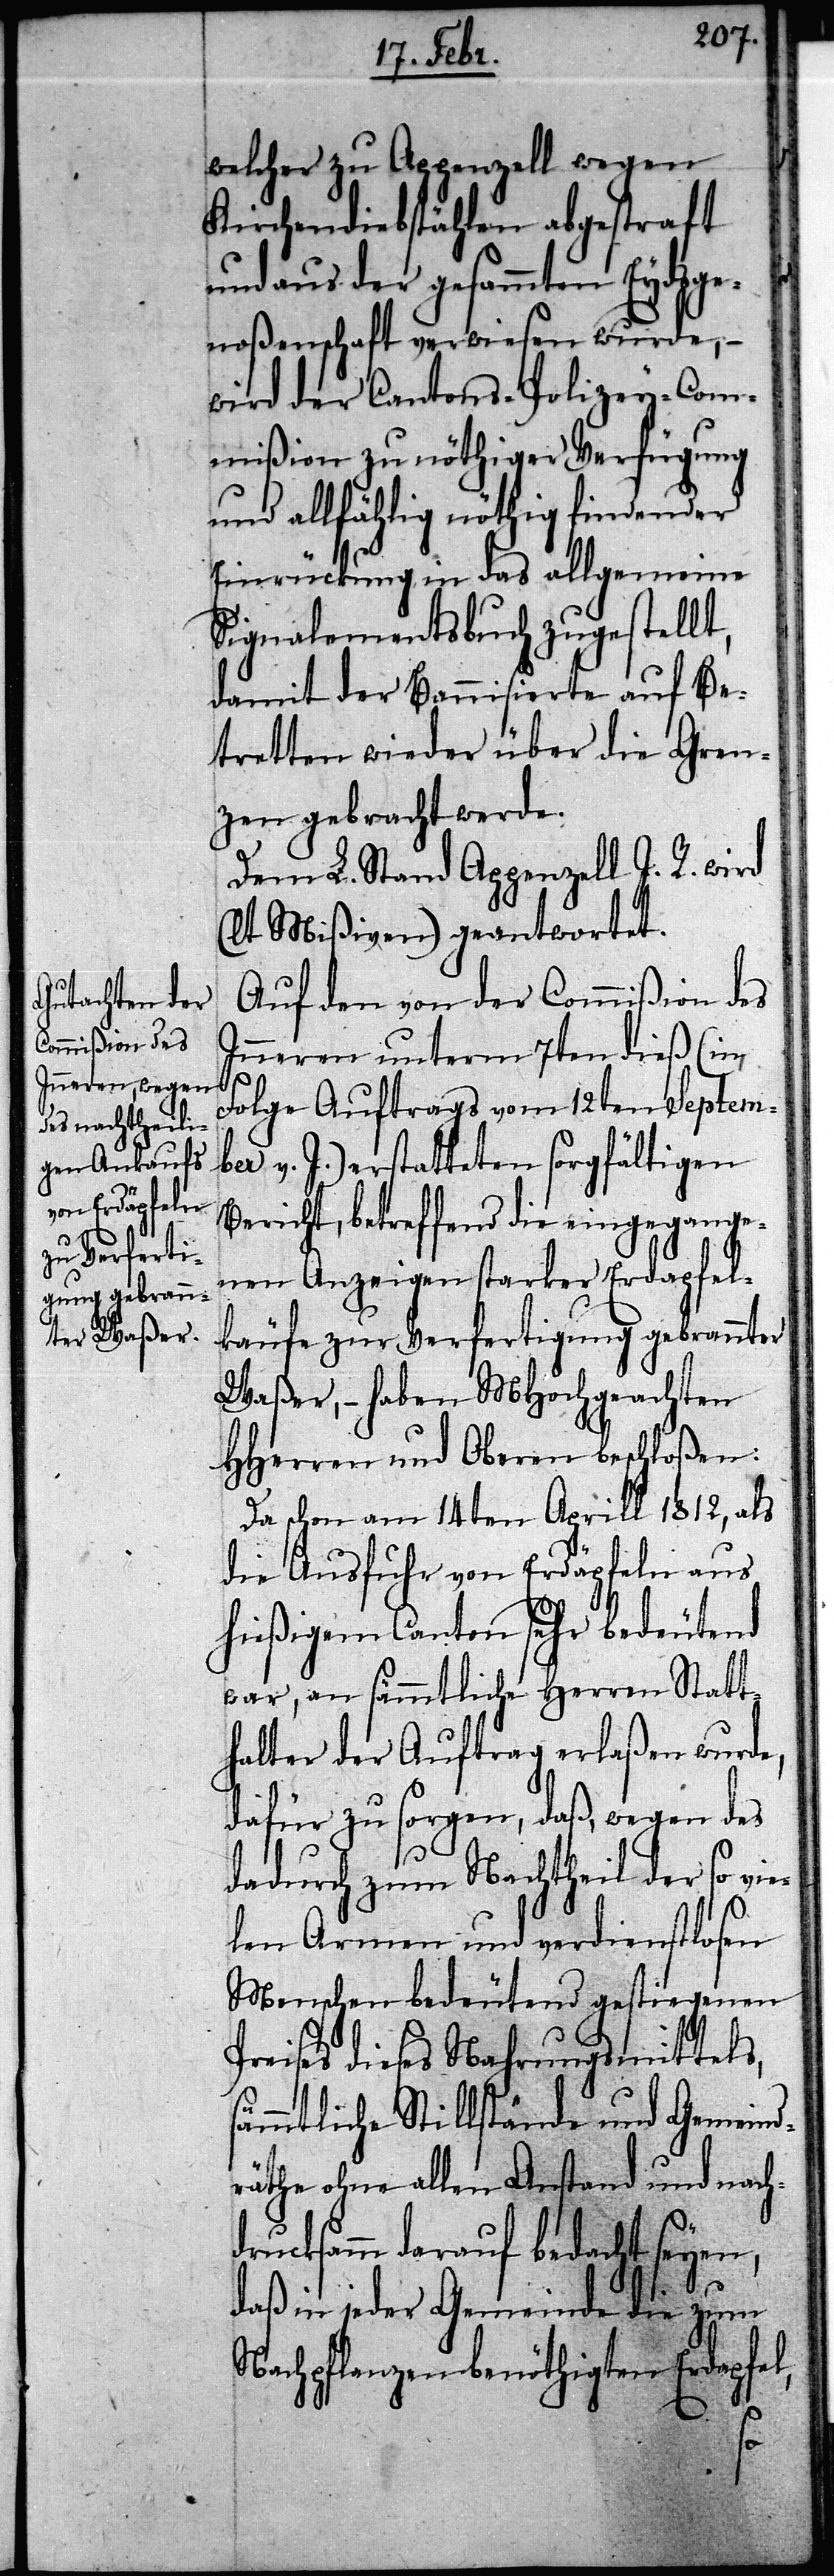
welcher zu Appenzell wegen
Kirchendiebstählen abgestraft
und aus der gesammten Eydsge¬
noßenschaft verwiesen wurde, –
wird der Cantons-Polizey-Com¬
mißion zu nöthiger Verfügung
und allfählig nöthig findender
Einrückung in das allgemeine
Signalementsbuch zugestellt,
damit der Bannisierte auf Be¬
tretten wieder über die Gren¬
zen gebracht werde.
Dem L. Stand Appenzell I. R. wird
(lt. Mißiven) geantwortet.
Auf den von der Commißion des
Inneren unterm 7ten dieß (in
Folge Auftrags vom 12ten Septem¬
ber v. J.) erstatteten sorgfältigen
Bericht, betreffend die eingegange¬
nen Anzeigen starker Erdapfel¬
käufe zur Verfertigung gebrannter
Waßer, – haben MHochgeachten
HHerren und Oberen beschloßen:
Da schon am 14ten Aprill 1812, als
die Ausfuhr von Erdäpfeln aus
hießigem Canton sehr bedeutend
war, an sämmtliche Herren Statt¬
halter der Auftrag erlaßen wurde,
dafür zu sorgen, daß, wegen des
dadurch zum Nachtheil der so vie¬
len Armen und verdienstlosen
Menschen bedeutend gestiegenen
Preises dieses Nahrungsmittels,
ämmtliche Stillstände und Gemeind¬
räthe ohne allen Anstand und nach¬
drucksamm darauf bedacht seyen,
s¬
daß in jeder Gemeinde die zum
Nachpflanzen benöthigten Erdapfel,